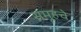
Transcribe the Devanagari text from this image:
समूहचे